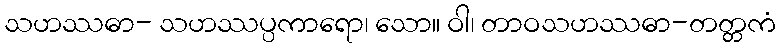
သဟဿဓာ- သဟဿပ္ပကာရော၊ သော။ ဝါ၊ တာဝသဟဿဓာ-တတ္တကံ